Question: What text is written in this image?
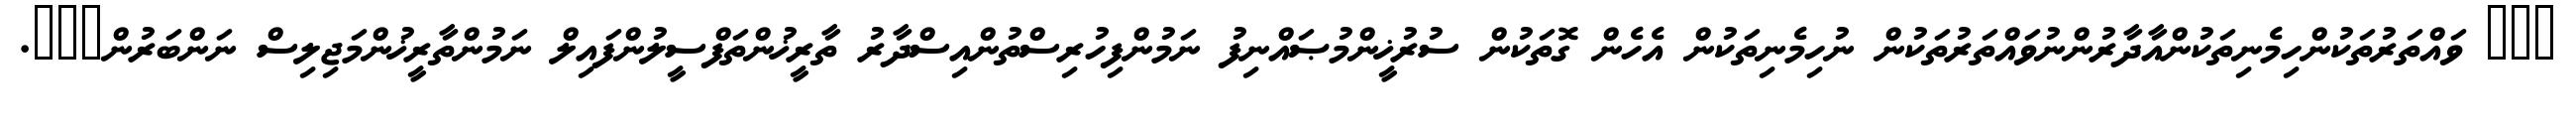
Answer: ??? ވައްތަރުތަކުންހިމެނިތަކުންއާދާރުންނުވައްތަރުތަކުން ނުހިމެނިތަކުން އެހެން ގޮތަކުން ސުރުޚީންމުޞައްނިފު ނަމުންފިހުރިސްތުންއިސްދާރު ތާރީޚުންތަފްސީލުންފައިލް ނަމުންތާރީޚުންމަޖިލިސް ނަންބަރުން???.